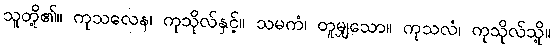
သူတို့၏။ ကုသလေန၊ ကုသိုလ်နှင့်။ သမကံ၊ တူမျှသော။ ကုသလံ၊ ကုသိုလ်သို့။